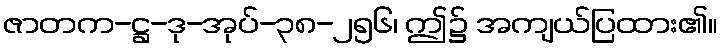
ဇာတက-ဋ္ဌ-ဒု-အုပ်-၃၈-၂၅၆၊ ဤ၌ အကျယ်ပြထား၏။